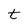
Character: t